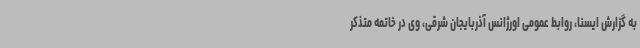
به گزارش ایسنا، روابط عمومی اورژانس آذربایجان شرقی، وی در خاتمه متذکر